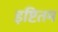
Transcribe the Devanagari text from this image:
इष्टितम